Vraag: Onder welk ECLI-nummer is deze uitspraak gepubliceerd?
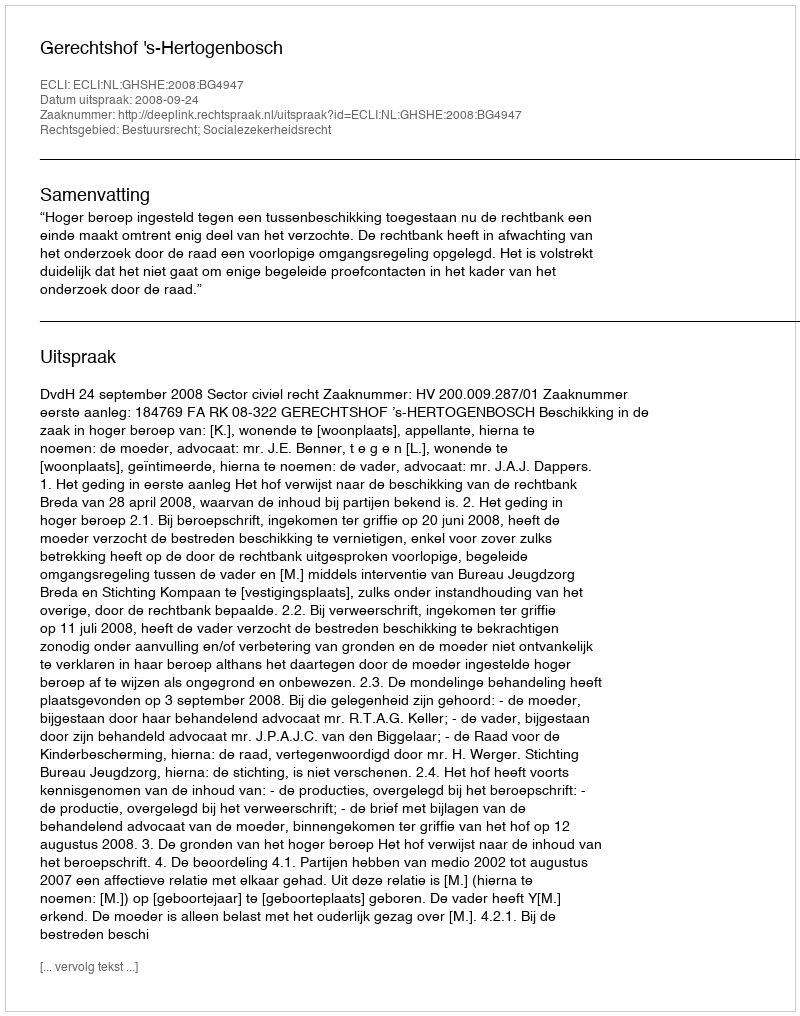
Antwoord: ECLI:NL:GHSHE:2008:BG4947